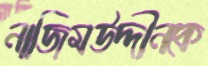
নাজিমউদ্দীনকে